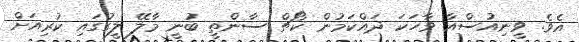
އެވެ. ވީނިއުސްއާ ވާހަކަ ދައްކަމުން ކޯޗް ސާންތީ ބުނީ މާލޭ ލީގުގައި ކުރިއަށް